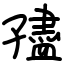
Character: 孻